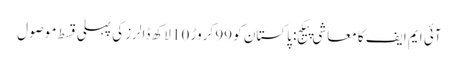
آئی ایم ایف کا معاشی پیکج: پاکستان کو 99 کروڑ 10 لاکھ ڈالرز کی پہلی قسط موصول